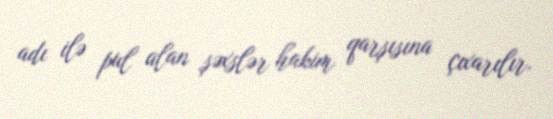
adı ilə pul alan şəxslər hakim qarşısına çıxarılır.